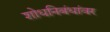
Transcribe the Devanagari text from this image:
शोधनिबंधांवर